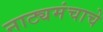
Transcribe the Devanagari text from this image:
नाट्यमंचाचे